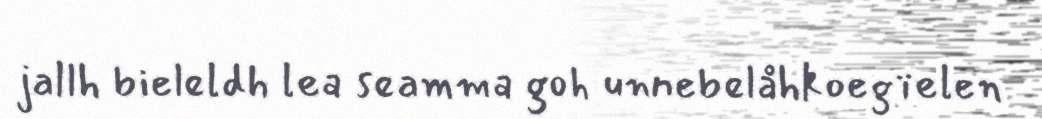
jallh bieleldh lea seamma goh unnebelåhkoegïelen